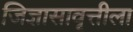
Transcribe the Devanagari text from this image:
जिज्ञासावृत्तीला